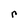
Character: r